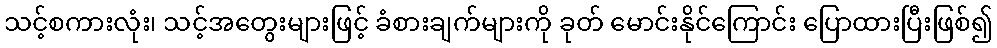
သင့်စကားလုံး၊ သင့်အတွေးများဖြင့် ခံစားချက်များကို ခုတ် မောင်းနိုင်ကြောင်း ပြောထားပြီးဖြစ်၍